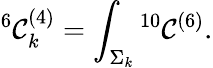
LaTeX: {}^{6}\mathcal{C}_{k}^{(4)}=\int_{\Sigma_{k}}{}^{10}\mathcal{C}^{(6)}.